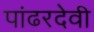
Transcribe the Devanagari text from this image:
पांढरदेवी